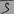
Text: 5